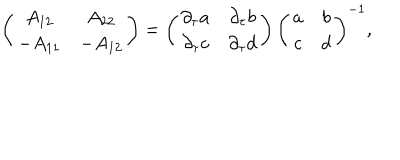
\left( \begin{array} { c c } { { A _ { 1 2 } } } & { { A _ { 2 2 } } } \\ { { - A _ { 1 1 } } } & { { - A _ { 1 2 } } } \\ \end{array} \right) = \left( \begin{array} { c c } { { \partial _ { \tau } a } } & { { \partial _ { \tau } b } } \\ { { \partial _ { \tau } c } } & { { \partial _ { \tau } d } } \\ \end{array} \right) \left( \begin{array} { c c } { { a } } & { { b } } \\ { { c } } & { { d } } \\ \end{array} \right) ^ { - 1 } ,